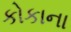
કોકાના